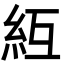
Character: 䊺